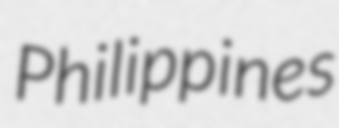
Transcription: Philippines